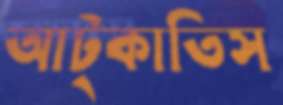
আট্‌কাতিস